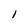
Character: 1